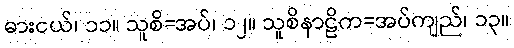
ဓားငယ်၊ ၁၁။ သူစိ=အပ်၊ ၁၂။ သူစိနာဠိက=အပ်ကျည်၊ ၁၃။